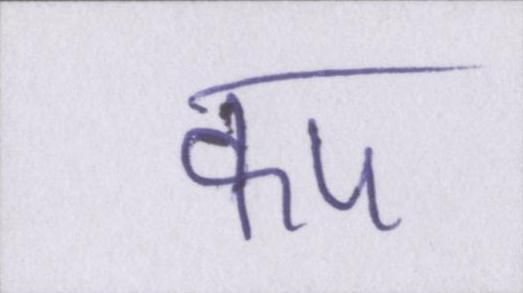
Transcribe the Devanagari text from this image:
कप